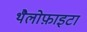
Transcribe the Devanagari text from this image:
थैलोफ़ाइटा